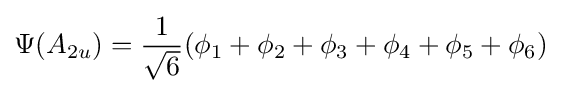
\Psi (A_{2u})={\frac {1}{\sqrt {6}}}(\phi _{1}+\phi _{2}+\phi _{3}+\phi _{4}+\phi _{5}+\phi _{6})